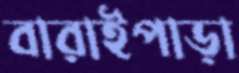
বারাইপাড়া